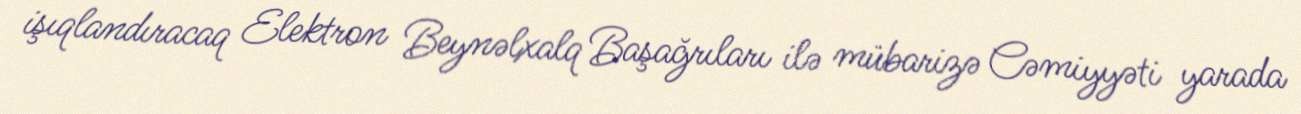
işıqlandıracaq Elektron Beynəlxalq Başağrıları ilə mübarizə Cəmiyyəti yarada